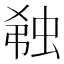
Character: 𬠆